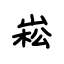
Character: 崧